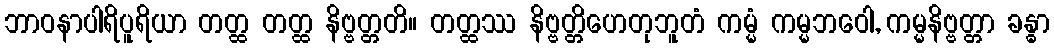
ဘာဝနာပါရိပူရိယာ တတ္ထ တတ္ထ နိဗ္ဗတ္တတိ။ တတ္ထဿ နိဗ္ဗတ္တိဟေတုဘူတံ ကမ္မံ ကမ္မဘဝေါ, ကမ္မနိဗ္ဗတ္တာ ခန္ဓာ